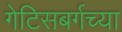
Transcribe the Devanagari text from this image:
गेटिसबर्गच्या